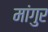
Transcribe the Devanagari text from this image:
मांगुर